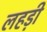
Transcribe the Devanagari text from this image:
लहड़ी